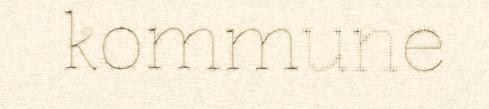
kommune